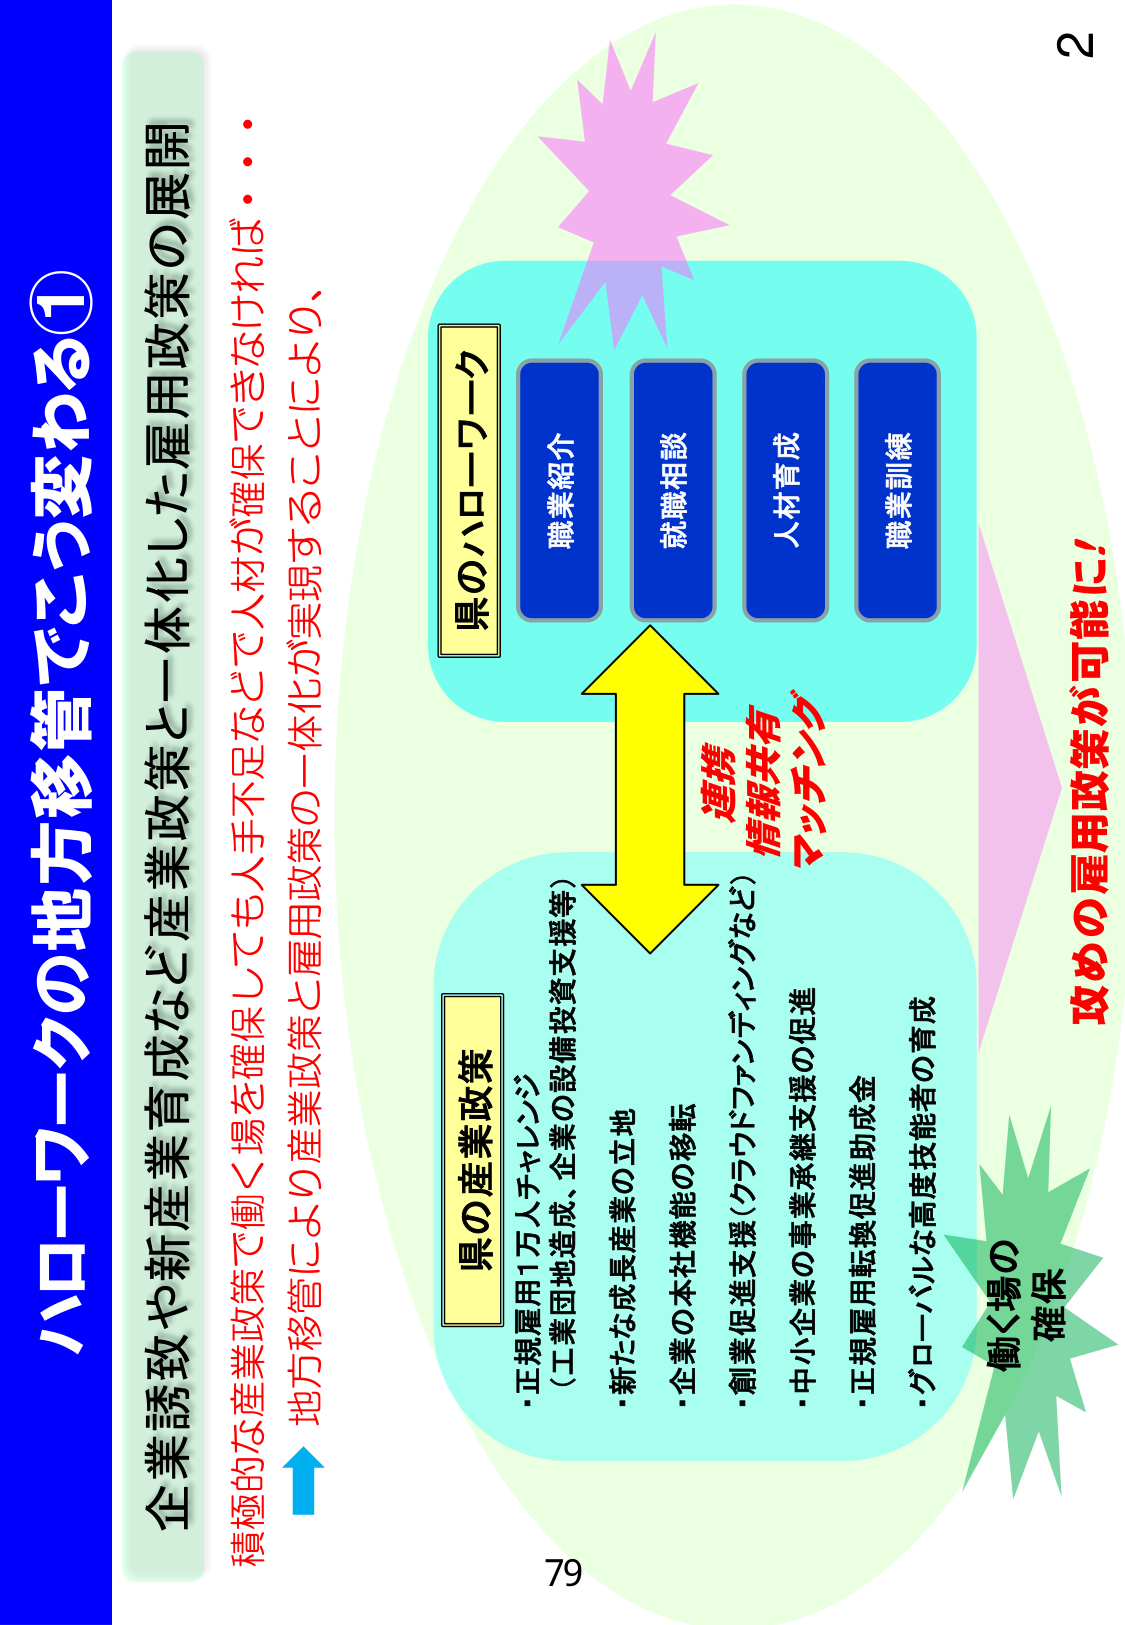
ハローワークの地方移管でこう変わる①
企業誘致や新産業育成など産業政策と一体化した雇用政策の展開
積極的な産業政策で働く場を確保しても人手不足などで人材が確保できなければ・・・
地方移管により産業政策と雇用政策の一体化が実現することにより、

県のハローワーク
職業紹介
就職相談
人材育成
職業訓練

連携
情報共有
マッチング

県の産業政策
・正規雇用1万人チャレンジ
（工業団地造成、企業の設備投資支援等）
・新たな成長産業の立地
・企業の本社機能の移転
・創業促進支援（クラウドファンディングなど）
・中小企業の事業承継支援の促進
・正規雇用転換促進助成金
・グローバルな高度技能者の育成

働く場の
確保
攻めの雇用政策が可能に！

2
79